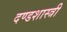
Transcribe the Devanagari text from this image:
दण्डशास्त्री